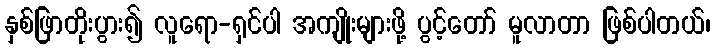
နှစ်ဖြာတိုးပွား၍ လူရော-ရှင်ပါ အကျိုးများဖို့ ပွင့်တော် မူလာတာ ဖြစ်ပါတယ်၊